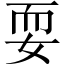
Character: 耍